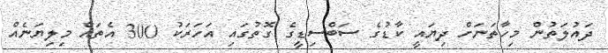
ދައުލަތުން މިހާތަނަށް ދިޔައީ ކާޑުގެ ސަބްސިޑީގެ ގޮތުގައި އަހަރަކު 300 އެތައް މިލިޔަނެއް